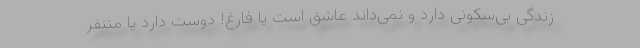
زندگی بی‌سکونی دارد و نمی‌داند عاشق است یا فارغ! دوست دارد یا متنفر